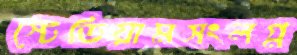
স্টেডিয়ামসংলগ্ন